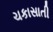
ચકાસાતી